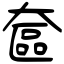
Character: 奩